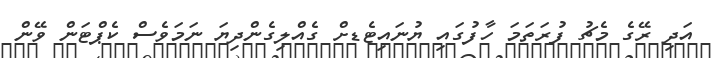
އަދި ރޭގެ މެޗު ފުރަތަމަ ހާފުގައި ޔުނައިޓެޑށް ގެއްލިގެންދިޔަ ނަމަވެސް ކެޕްޓަން ވޭން